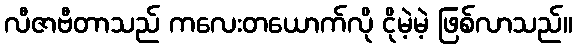
လီဇာဗီတာသည် ကလေးတယောက်လို ငိုမဲ့မဲ့ ဖြစ်လာသည်။